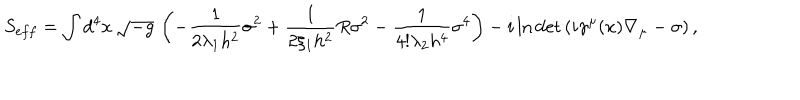
S _ { e f f } = \int d ^ { 4 } x \, \sqrt { - g } \, \left( - \frac { 1 } { 2 \lambda _ { 1 } h ^ { 2 } } \sigma ^ { 2 } + \frac { 1 } { 2 \xi _ { 1 } h ^ { 2 } } R \sigma ^ { 2 } - \frac { 1 } { 4 ! \lambda _ { 2 } h ^ { 4 } } \sigma ^ { 4 } \right) - i \ln \det \left( i \gamma ^ { \mu } ( x ) \nabla _ { \mu } - \sigma \right) ,